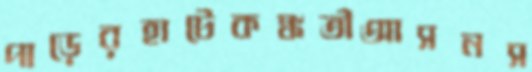
পাড়েরহাটেকঙ্কতীআসনস